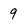
Character: 9